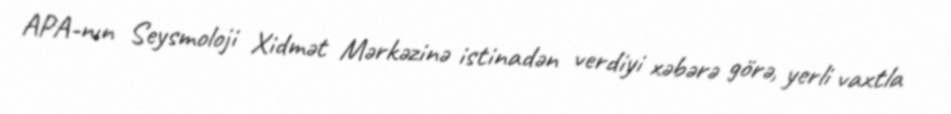
APA-nın Seysmoloji Xidmət Mərkəzinə istinadən verdiyi xəbərə görə, yerli vaxtla